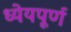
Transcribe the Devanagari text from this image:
ध्येयपूर्ण